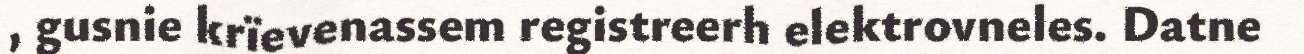
, gusnie krïevenassem registreerh elektrovneles. Datne